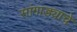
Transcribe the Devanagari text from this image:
सांगाड्याचे